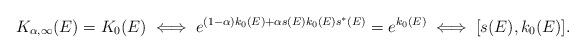
LaTeX: \begin{align*}K_{\alpha, \infty} (E) = K_0 (E) \iff e^{ (1 - \alpha ) k_0 (E) + \alpha s (E) k_0 (E) s^* (E) } = e^{ k_0 (E) } \iff [ s(E), k_0 (E) ].\end{align*}